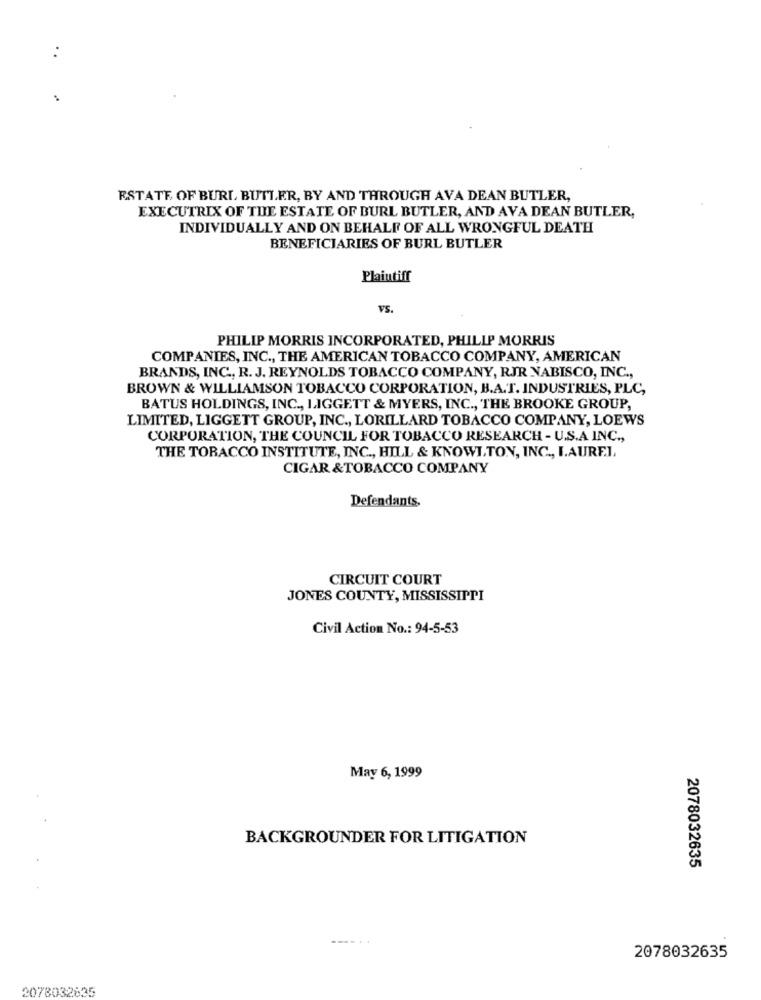
ESTATE, OF BURL, BUTTER, BY AND THROUGH AVA DEAN BUTLER,
EXECUTRIX OF THE ESTATE OF BURL BUTLER, AND AVA DEAN BUTLER,
INDIVIDUALLY AND ON BEHALF OF ALL WRONGFUL DEATH
BENEFICIARIES OF BURL BUTLER
Plaintiff
VS.
PHILIP MORRIS INCORPORATED, PHILIP MORRIS
COMPANIES, INC ., THE AMERICAN TOBACCO COMPANY, AMERICAN
BRANDS, INC ., R. J. REYNOLDS TOBACCO COMPANY, RJR NABISCO, INC .,
BROWN & WILLIAMSON TOBACCO CORPORATION, B.A.T. INDUSTRIES, PLC,
BATUS HOLDINGS, INC ., LIGGETT & MYERS, INC ., THE BROOKE GROUP,
LIMITED, LIGGETT GROUP, INC ., LORILLARD TOBACCO COMPANY, LOEWS
CORPORATION, THE COUNCIL FOR TOBACCO RESEARCH - U.S.A INC .,
THE TOBACCO INSTITUTE, INC ., HILL & KNOWLTON, INC ., LAUREL,
CIGAR &TOBACCO COMPANY
Defendants,
CIRCUIT COURT
JONES COUNTY, MISSISSIPPI
Civil Action No .: 94-5-53
May 6, 1999
BACKGROUNDER FOR LITIGATION
2078032635
2078032635
2078032635